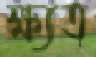
ক্ষ্যত